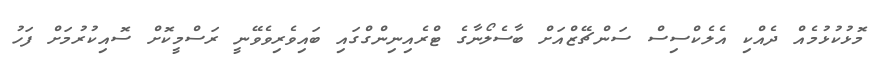
މޮޅުކުޅުމެއް ދެއްކި އެލެކްސިސް ސަންޗޭޒްއަށް ބާސެލޯނާގެ ޓްރެއިނިންގްގައި ބައިވެރިވެވޭނީ ރަސްމީކޮށް ސޮއިކުރުމަށް ފަހު